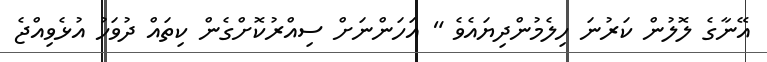
އޭނާގެ ލޮލުން ކަރުނަ ހިލެމުންދިޔައެވެ " އަހަންނަށް ސިއްރުކޮށްގެން ކިތައް ދުވަހު އުޅެވިއްޖެ